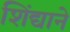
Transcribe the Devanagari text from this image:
शिंद्याने